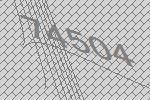
74504